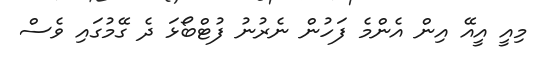
މިއީ އީއޭ އިން އެންމެ ފަހުން ނެރުނު ފުޓްބޯޅަ ދެ ގޭމުގައި ވެސް